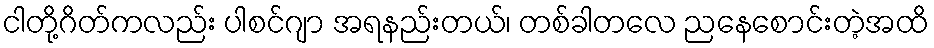
ငါတို့ဂိတ်ကလည်း ပါစင်ဂျာ အရနည်းတယ်၊ တစ်ခါတလေ ညနေစောင်းတဲ့အထိ